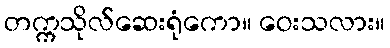
တက္ကသိုလ်ဆေးရုံကော။ ဝေးသလား။